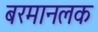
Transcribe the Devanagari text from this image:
बरमानलक